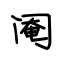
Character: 阉